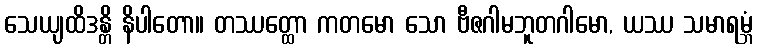
သေယျထိဒန္တိ နိပါတော။ တဿတ္ထော ကတမော သော ဗီဇဂါမဘူတဂါမော, ယဿ သမာရမ္ဘံ